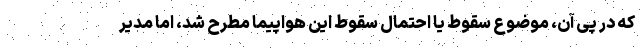
که در پی آن، موضوع سقوط یا احتمال سقوط این هواپیما مطرح شد، اما مدیر